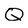
Character: Q